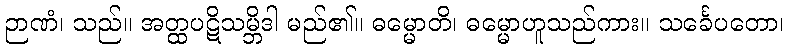
ဉာဏံ၊ သည်။ အတ္ထပဋိသမ္ဘိဒါ မည်၏။ ဓမ္မောတိ၊ ဓမ္မောဟူသည်ကား။ သင်္ခေပတော၊